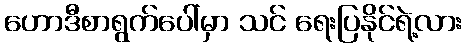
ဟောဒီစာရွက်ပေါ်မှာ သင် ရေးပြနိုင်ရဲ့လား